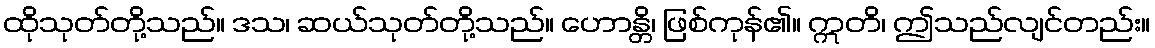
ထိုသုတ်တို့သည်။ ဒသ၊ ဆယ်သုတ်တို့သည်။ ဟောန္တိ၊ ဖြစ်ကုန်၏။ ဣတိ၊ ဤသည်လျင်တည်း။